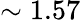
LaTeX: \sim 1.57